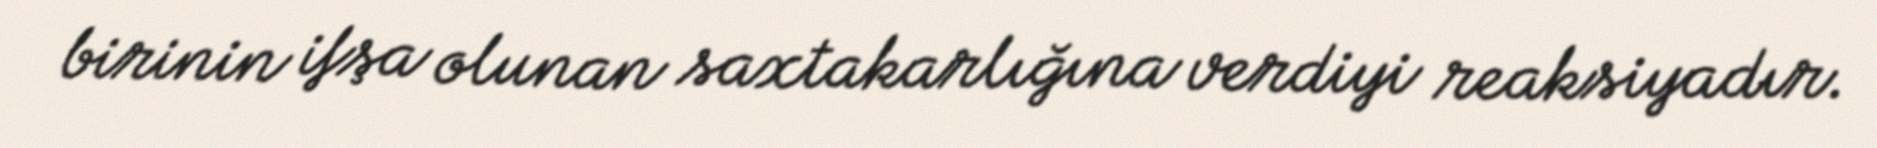
birinin ifşa olunan saxtakarlığına verdiyi reaksiyadır.